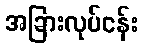
အခြားလုပ်ငန်း